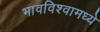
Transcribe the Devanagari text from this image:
भावविश्वामध्ये